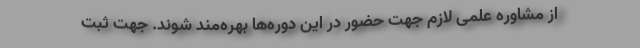
از مشاوره علمی لازم جهت حضور در این دوره‌ها بهره‌مند شوند. جهت ثبت